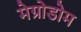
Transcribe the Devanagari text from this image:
मेग्रोडोम